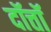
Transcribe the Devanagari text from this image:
दॉत्तॉ